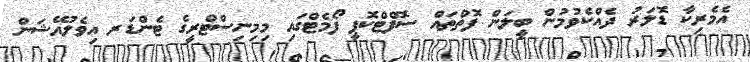
އެމެރިކާ ޑޮލަރު ދެއްކެވުމުން ބީލަން ފޮތްތައް ސޮފްޓްކޮޕީ ފޯމެޓްގައި މިމިނިސްޓްރީގެ ޓެންޑަރ އިވެލުއޭޝަން